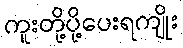
ကူးတို့ပို့ပေးရကျိုး